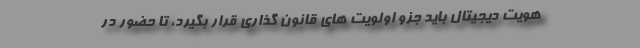
هویت دیجیتال باید جزو اولویت های قانون گذاری قرار بگیرد، تا حضور در